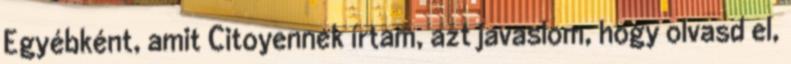
Egyébként, amit Citoyennek írtam, azt javaslom, hogy olvasd el,